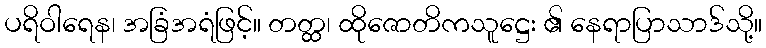
ပရိဝါရေန၊ အခြံအရံဖြင့်။ တတ္ထ၊ ထိုဇောတိကသူဋ္ဌေး ၏ နေရာပြာသာဒ်သို့။